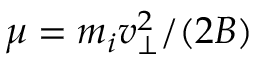
\mu = m _ { i } v _ { \perp } ^ { 2 } / ( 2 B )